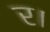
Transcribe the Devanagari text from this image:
र।